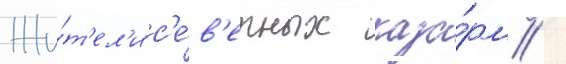
Жи́т'ел'и с'е́в'ерных каза́рм /